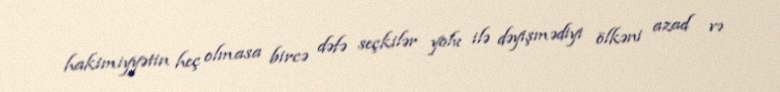
hakimiyyətin heç olmasa bircə dəfə seçkilər yolu ilə dəyişmədiyi ölkəni azad və